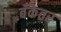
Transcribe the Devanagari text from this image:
बँकेतर